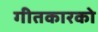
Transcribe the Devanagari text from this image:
गीतकारको